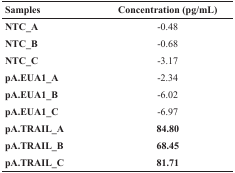
<table><thead><tr><td><b>Samples</b></td><td><b>Concentration (pg/mL)</b></td></tr></thead><tbody><tr><td><b>NTC_A</b></td><td>-0.48</td></tr><tr><td><b>NTC_B</b></td><td>-0.68</td></tr><tr><td><b>NTC_C</b></td><td>-3.17</td></tr><tr><td><b>pA.EUA1_A</b></td><td>-2.34</td></tr><tr><td><b>pA.EUA1_B</b></td><td>-6.02</td></tr><tr><td><b>pA.EUA1_C</b></td><td>-6.97</td></tr><tr><td><b>pA.TRAIL_A</b></td><td><b>84.80</b></td></tr><tr><td><b>pA.TRAIL_B</b></td><td><b>68.45</b></td></tr><tr><td><b>pA.TRAIL_C</b></td><td><b>81.71</b></td></tr></tbody></table>